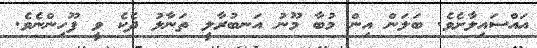
އައްސައިލާށެވެ. ބަލަން އިން މުބާ މޫނު އަނބުރާލީ ތަނާލު ދެކެ ވީ ފޫހިންނެވެ.